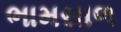
ભામસાળ